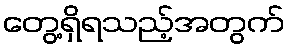
တွေ့ရှိရသည့်အတွက်